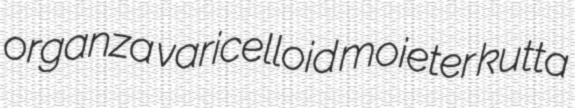
organza varicelloid moieter kutta